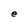
Character: e